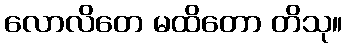
လောလိတေ မထိတော တိသု။